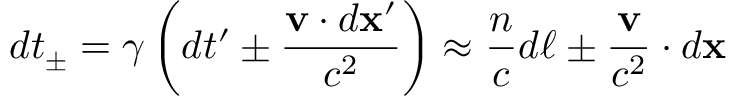
d t _ { \pm } = \gamma \left( d t ^ { \prime } \pm { \frac { \mathbf { v } \cdot d \mathbf { x } ^ { \prime } } { c ^ { 2 } } } \right) \approx { \frac { n } { c } } d \ell \pm { \frac { \mathbf { v } } { c ^ { 2 } } } \cdot d \mathbf { x }